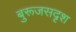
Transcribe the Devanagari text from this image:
बुरूजसदृश